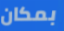
بمكان